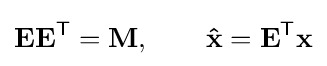
\mathbf {EE} ^{\mathsf {T}}=\mathbf {M} ,\qquad \mathbf {\hat {x}} =\mathbf {E} ^{\mathsf {T}}\mathbf {x}